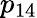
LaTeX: p_{14}